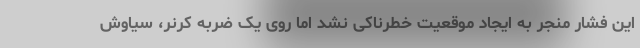
این فشار منجر به ایجاد موقعیت خطرناکی نشد اما روی یک ضربه کرنر، سیاوش